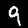
Label: 9